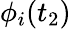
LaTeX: \phi_{i}(t_{2})